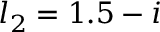
l _ { 2 } = 1 . 5 - i